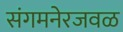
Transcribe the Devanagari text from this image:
संगमनेरजवळ